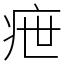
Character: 疶